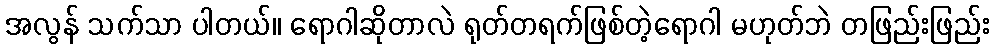
အလွန် သက်သာ ပါတယ်။ ရောဂါဆိုတာလဲ ရုတ်တရက်ဖြစ်တဲ့ရောဂါ မဟုတ်ဘဲ တဖြည်းဖြည်း